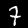
Digit: 7